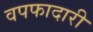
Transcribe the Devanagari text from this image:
वपफादारी